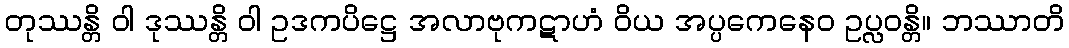
တုဿန္တိ ဝါ ဒုဿန္တိ ဝါ ဥဒကပိဋ္ဌေ အလာဗုကဋာဟံ ဝိယ အပ္ပကေနေဝ ဥပ္လဝန္တိ။ ဘဿာတိ